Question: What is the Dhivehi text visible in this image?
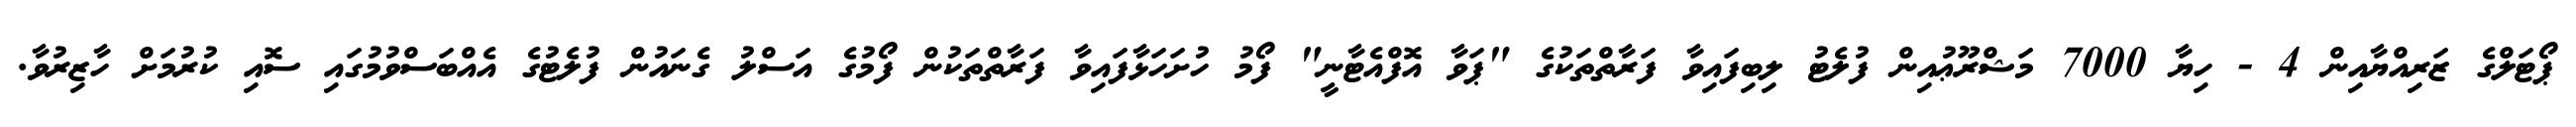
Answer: ޕޯޓަލްގެ ޒަރިއްޔާއިން 4 - ހިޔާ 7000 މަޝްރޫޢުއިން ފުލެޓު ލިބިފައިވާ ފަރާތްތަކުގެ "ޕަވާ އޮފްއެޓާނީ" ފޯމު ހުށަހަޅާފައިވާ ފަރާތްތަކުން ފޯމުގެ އަސްލު ގެނައުން ފުލެޓުގެ އެއްބަސްވުމުގައި ސޮއި ކުރުމަށް ހާޒިރުވާ.